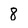
Character: 8